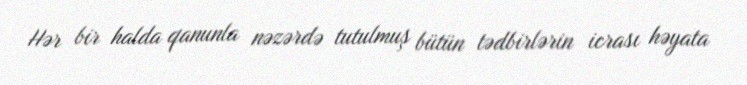
Hər bir halda qanunla nəzərdə tutulmuş bütün tədbirlərin icrası həyata